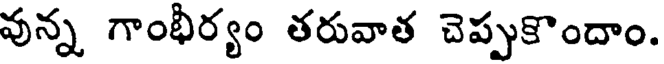
వున్న గాంభీర్యం తరువాత చెప్పుకొందాం.